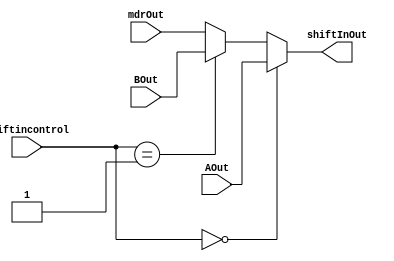
module mux_shiftIn(input wire [31:0] AOut,
              input wire [31:0] BOut,
              input wire [31:0] mdrOut,
              input wire [1:0] shiftincontrol,
              output wire [31:0] shiftInOut);
  
  assign shiftInOut = (shiftincontrol == 2'b00) ? AOut :
     (shiftincontrol == 2'b01) ? BOut :
      mdrOut;
  
  
endmodule